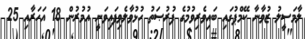
ލާމަސީލު ޒުވާނާ ކޭމްޕުގައި ބައިވެރިވުމުގެ ފުރުޞަތު ހުޅުވާލެވިފައިވަނީ އުމުރުން 18 އަހަރާއި 25